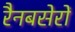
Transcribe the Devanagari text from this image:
रैनबसेरों